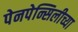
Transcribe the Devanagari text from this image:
पेनपेन्सिलीच्या